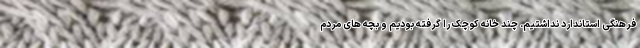
فرهنگی استاندارد نداشتیم. چند خانه کوچک را گرفته بودیم و بچه های مردم